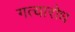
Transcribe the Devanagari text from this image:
गत्यारोध